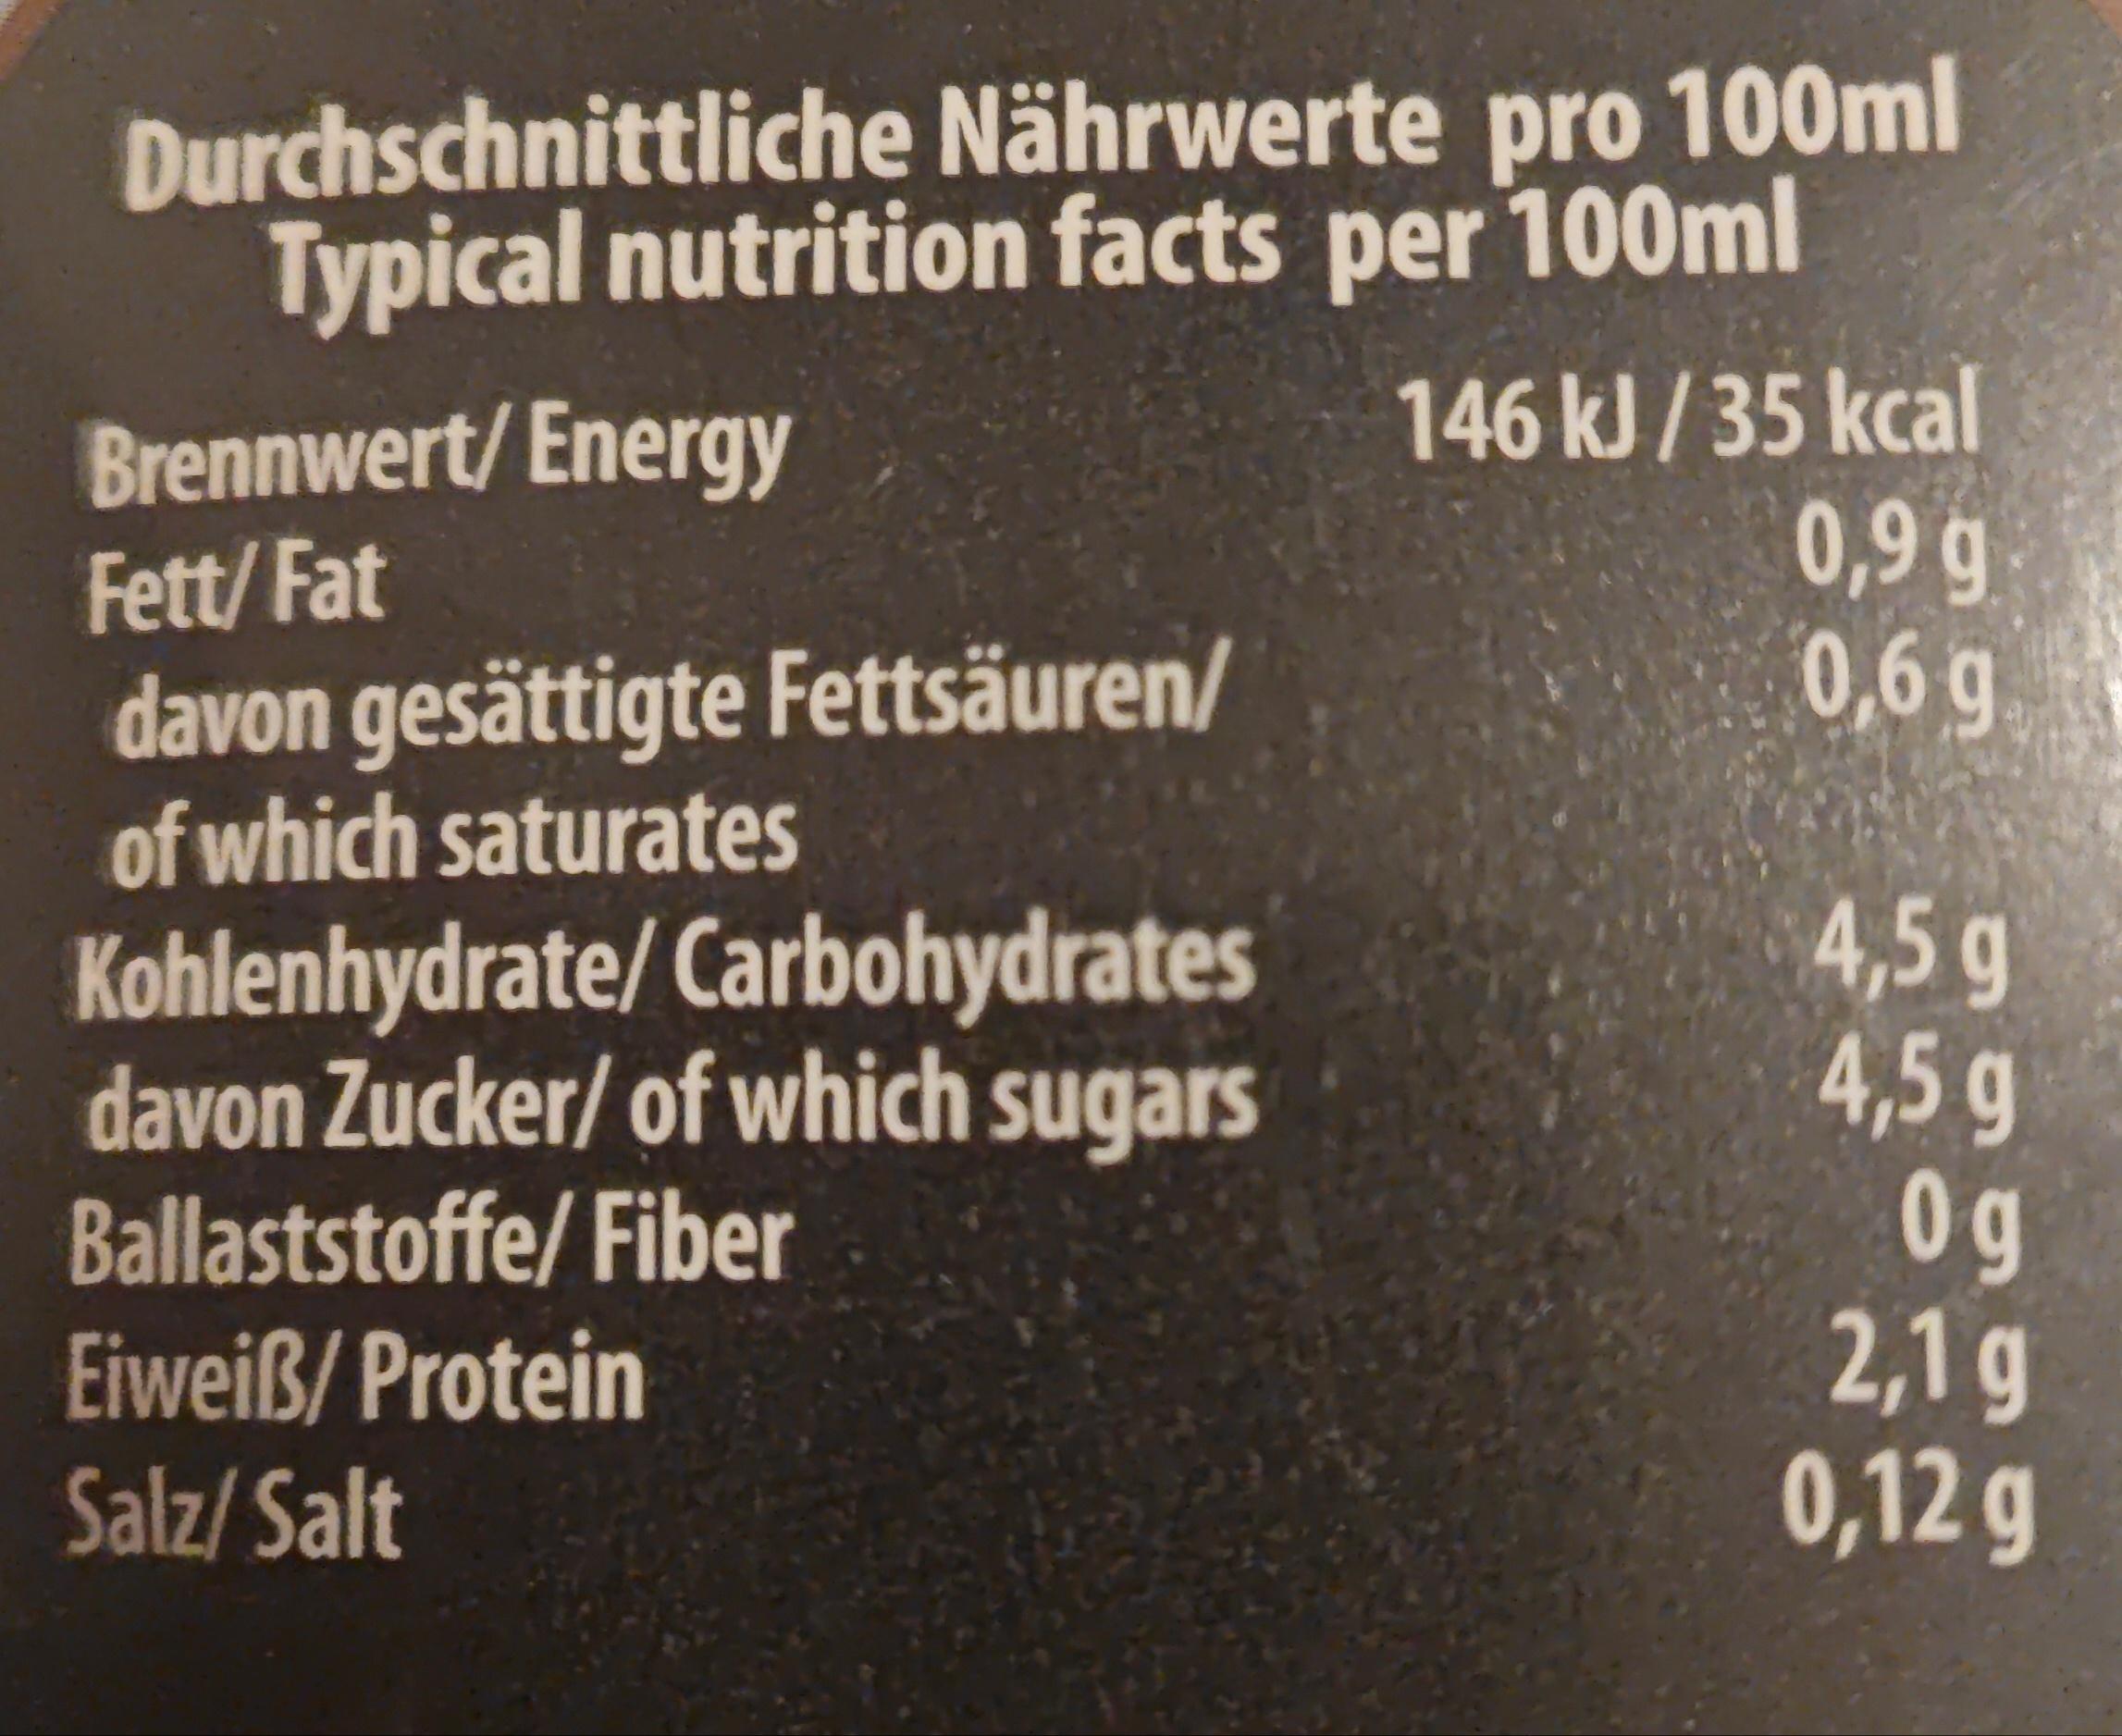
Durchschnittliche Nährwerte pro 100ml Typical nutrition facts per 100ml
Brennwert/ Energy
Fett/Fat
davon gesättigte Fettsäuren/
of which saturates
Kohlenhydrate/Carbohydrates
davon Zucker/ of which sugars
Ballaststoffe/Fiber
Eiweiß/ Protein
Salz/Salt
146 kJ/35 kcal 0,9 g
0,6 g
4,5 g
4,5 g
Og
2,1 g
0,12 g